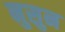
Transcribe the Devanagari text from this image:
नुसुन